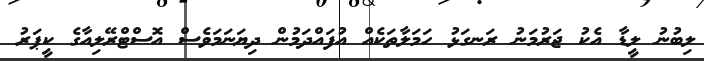
ލިބުނު ލީޑާ އެކު ޖަރުމަނު ރަނގަޅު ހަމަލާތަކެއް އުފައްދަމުން ދިޔަނަމަވެސް އޮސްޓްރޭލިއާގެ ކީޕަރު